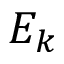
E _ { k }